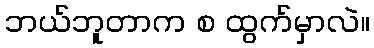
ဘယ်ဘူတာက စ ထွက်မှာလဲ။